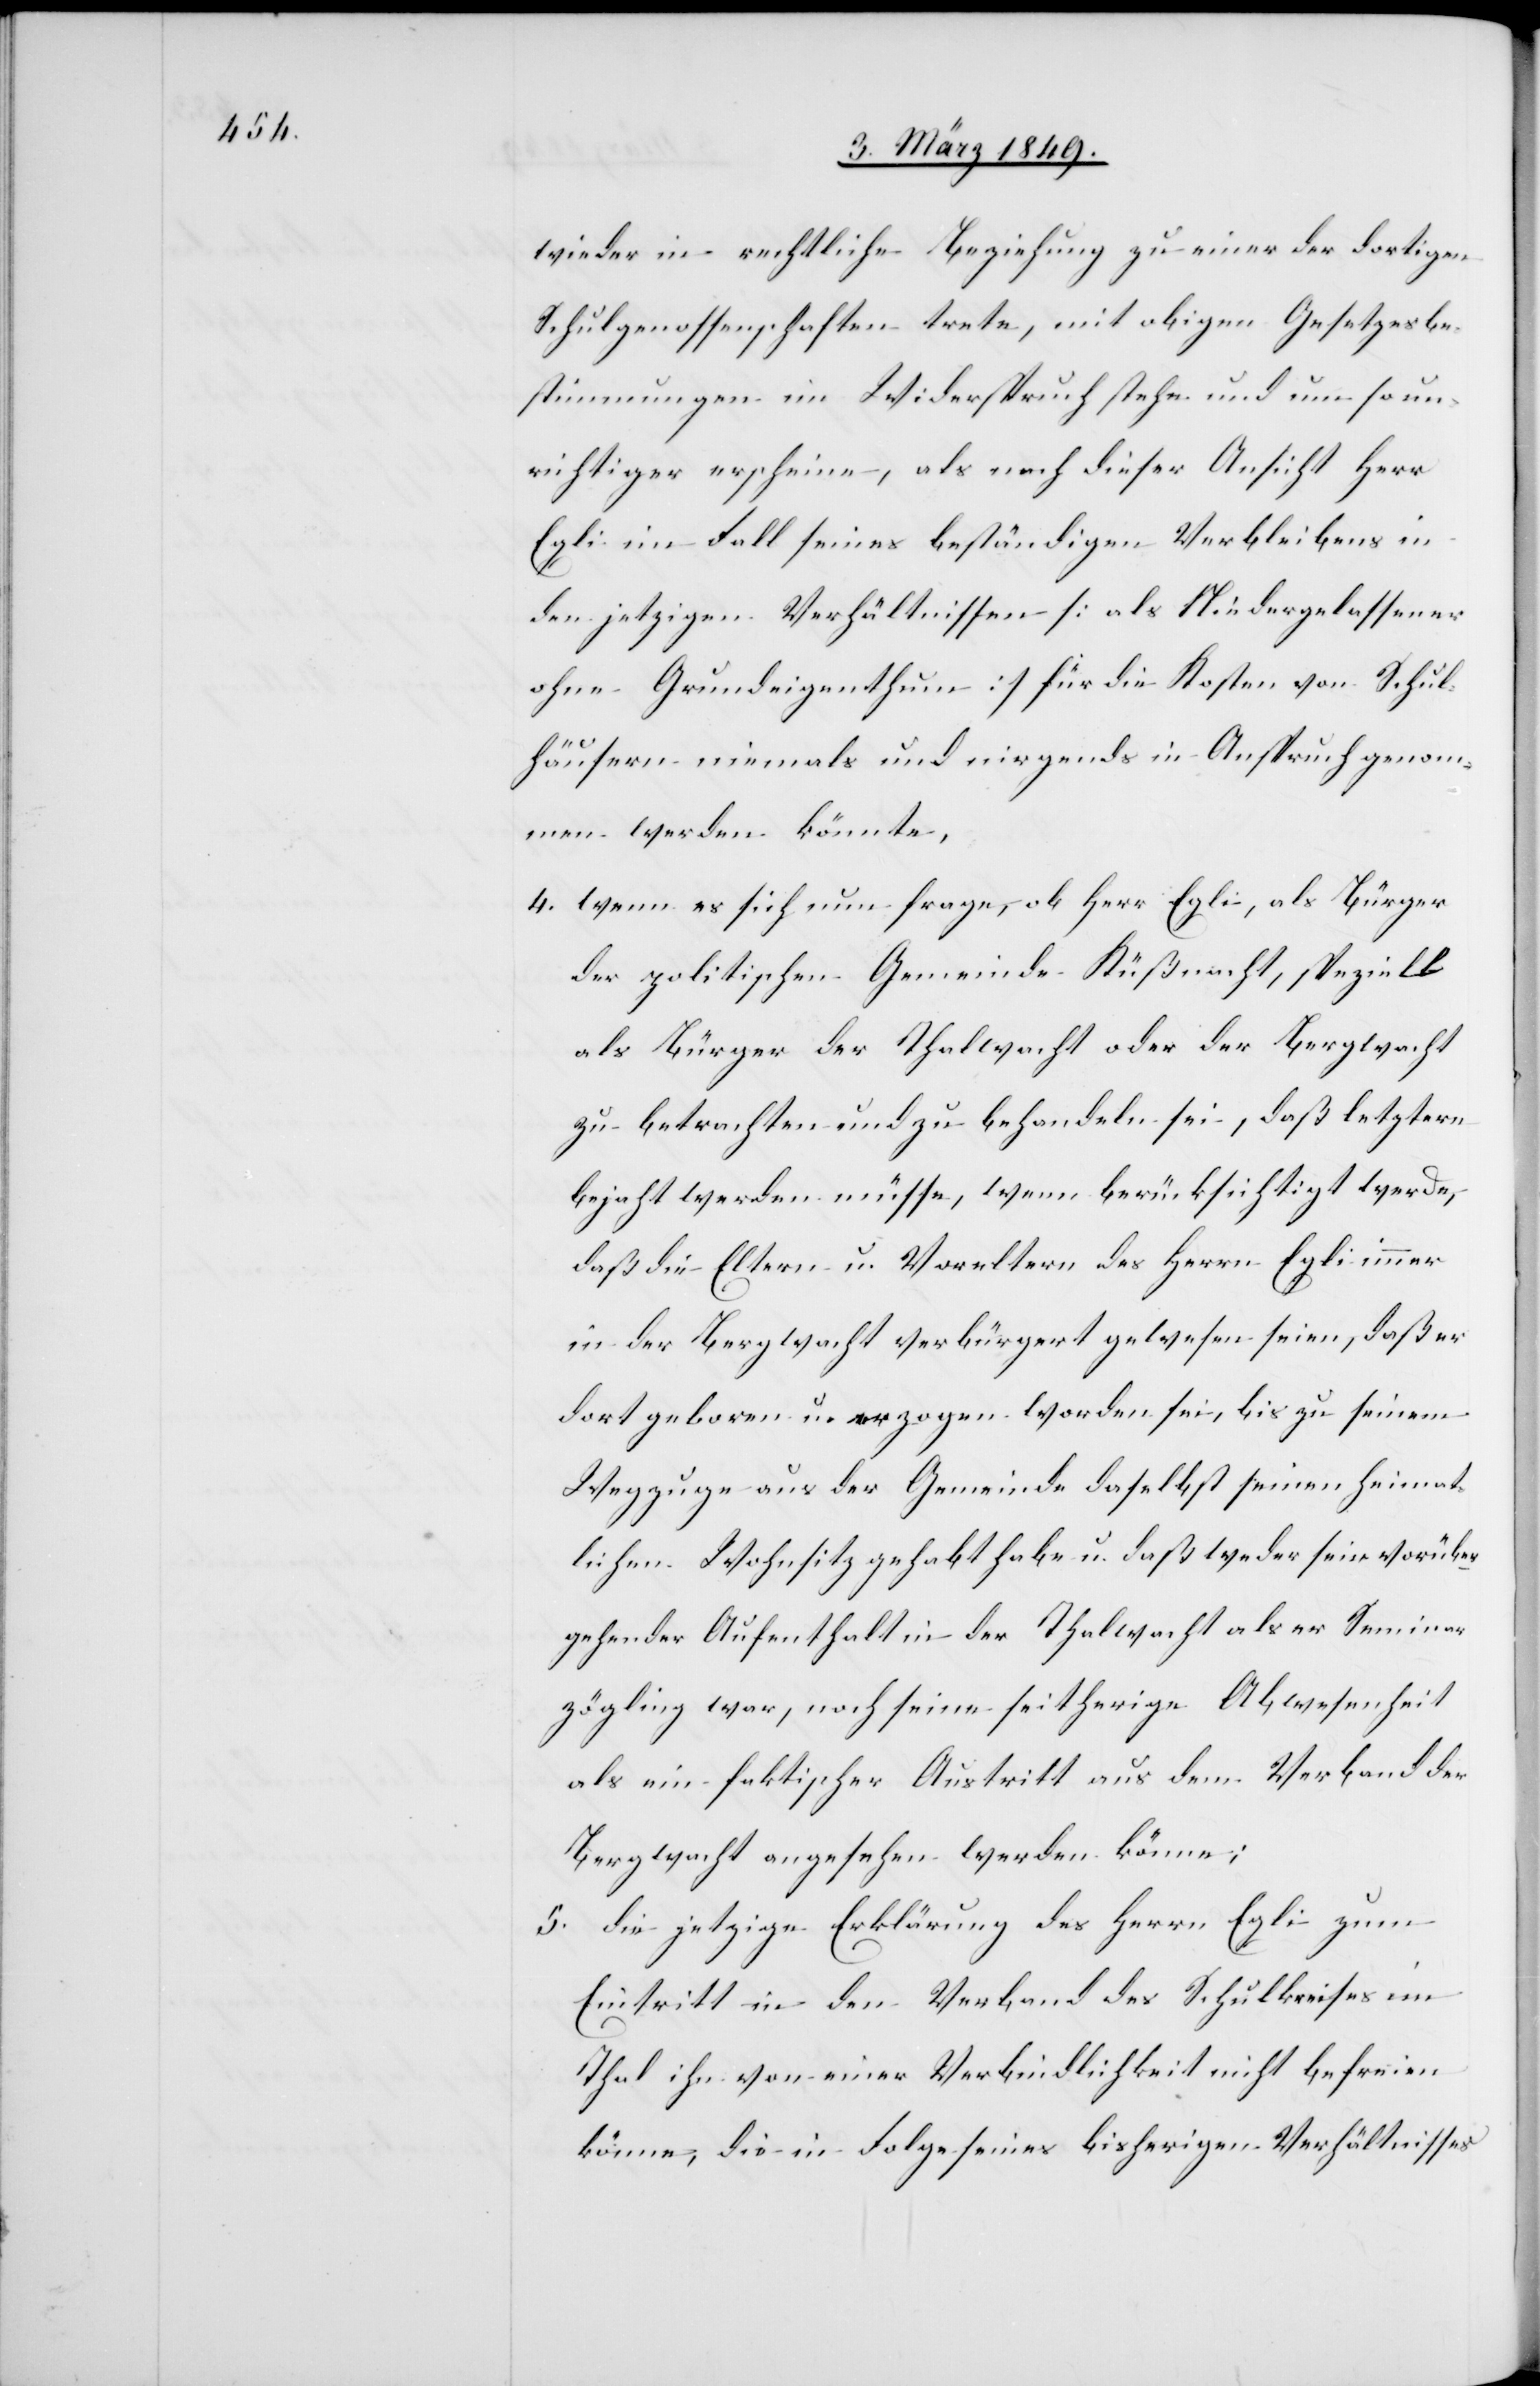
wieder in rechtliche Beziehung zu einer der dortigen
Schulgenossenschaften trete, mit obigen Gesetzesbe¬
stimmungen im Widerspruch stehe und um so un¬
richtiger erscheine, als nach dieser Ansicht Herr
Egli im Fall seines beständigen Verbleibens in
den jetzigen Verhältnissen [als Niedergelassener
ohne Grundeigenthum] für die Kosten von Schul¬
häusern niemals und nirgends in Anspruch genom¬
men werden könnte,
4. wenn es sich nun frage, ob Herr Egli, als Bürger
der politischen Gemeinde Küßnacht, speziell
als Bürger der Thalwacht oder der Bergwacht
zu betrachten und zu behandeln sei, daß letztern
bejaht werden müsse, wenn berücksichtigt werde,
daß die Eltern u. Voreltern des Herrn Egli immer
in der Bergwacht verbürgert gewesen seien, daß er
dort geboren u. erzogen worden sei, bis zu seinem
Wegzuge aus der Gemeinde daselbst seinen heimat¬
lichen Wohnsitz gehabt habe u. daß weder sein vorüber¬
gehender Aufenthalt in der Thalwacht als er Seminar¬
zögling war, noch seine seitherige Abwesenheit
als ein faktischer Austritt aus dem Verband der
Bergwacht angesehen werden könne;
5. die jetzige Erklärung des Herrn Egli zum
Eintritt in den Verband des Schulkreises im
Thal ihn von einer Verbindlichkeit nicht befreien
könne, die in Folge seines bisherigen Verhältnisses